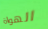
الهواة